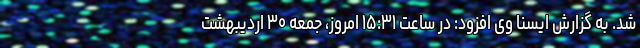
شد. به گزارش ایسنا وی افزود: در ساعت ۱۵:۳۱ امروز، جمعه ۳۰ اردیبهشت